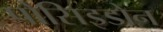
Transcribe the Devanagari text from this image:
पोसिइडोन